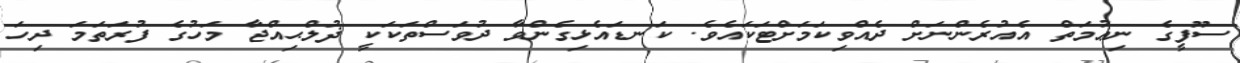
ސޫފީގެ ނިޢުމަތް އެއުރެންނަށް ދެއްވިކަމަށްޓަކައެވެ. ކަނޑައެޅިގެންވާ ދުވަސްތަކަކީ ޛުލްޙިއްޖާ މަހުގެ ފުރަތަމަ ދިހަ